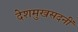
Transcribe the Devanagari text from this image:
देशमुखसदनीं